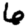
Digit: 6